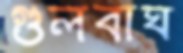
গুলবাঘ